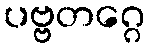
ပဗ္ဗတဂ္ဂေ